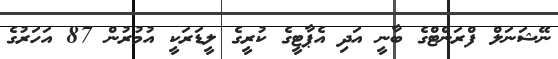
ނޭޝަނަލް ފްރަންޓްގެ ބާނީ އަދި އެޕާޓީގެ ކުރީގެ ލީޑަރަކީ އުމުރުން 87 އަހަރުގެ